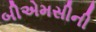
બીએમસીની